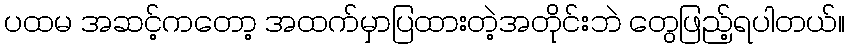
ပထမ အဆင့်ကတော့ အထက်မှာပြထားတဲ့အတိုင်းဘဲ တွေဖြည့်ရပါတယ်။